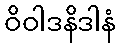
ဝိဝါဒနိဒါနံ